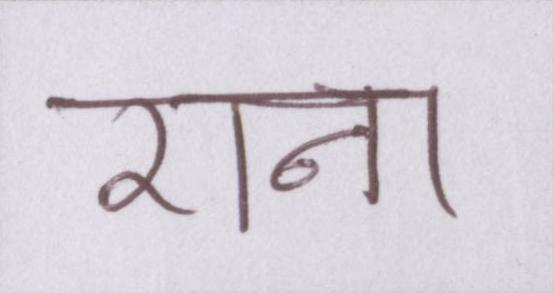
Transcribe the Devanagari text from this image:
राना